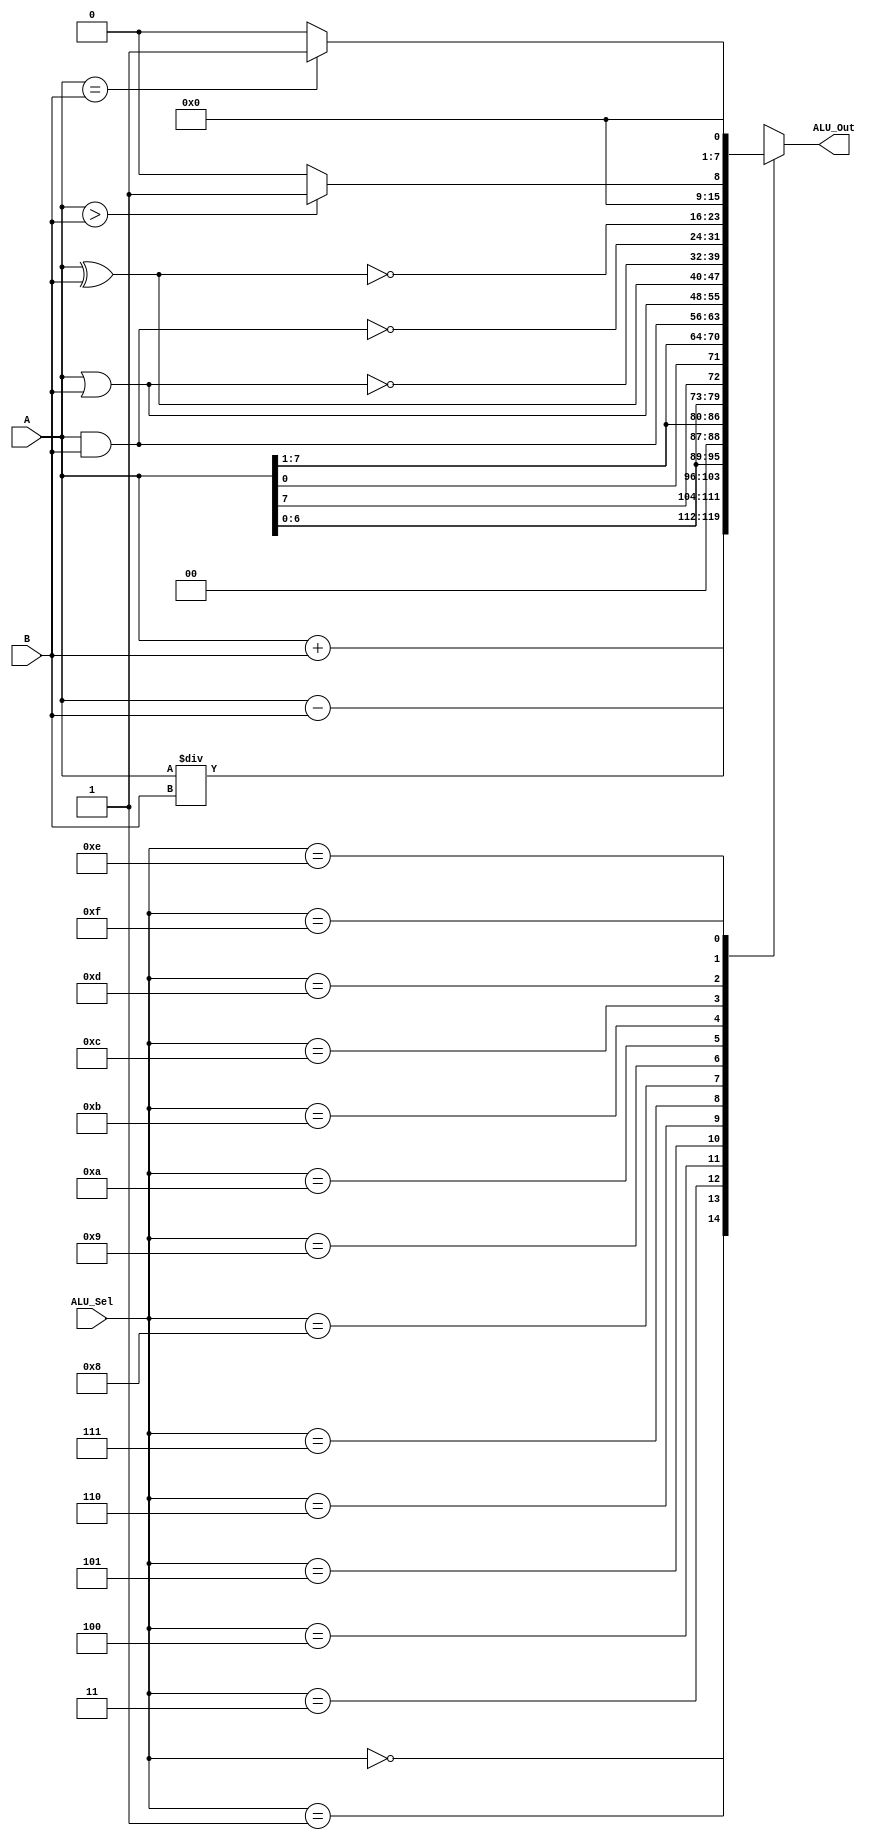
module ALU(A,B,ALU_Sel,ALU_Out);
    input [7:0] A,B;
    input [3:0] ALU_Sel;
    output reg [7:0] ALU_Out;
    
    always@(*)
    begin
        case(ALU_Sel)
            4'b0000 : ALU_Out = A + B;  // Addition
            4'b0001 : ALU_Out = A - B;  // Subtraction 
           // 4'b0010 : ALU_Out = A * B;  // Multiplication  [I'm comment it because here it requires 16 bit, using 8 bit not possible]
            4'b0011 : ALU_Out = A / B;  // Division 
            4'b0100 : ALU_Out = A << 1;  // Logical Shift Left
            4'b0101 : ALU_Out = A >> 1;  // Logical shift Right
            4'b0110 : ALU_Out = {A[6:0],A[7]};  // Rotate Left
            4'b0111 : ALU_Out = {A[0],A[7:1]};  // Rotate Right 
            4'b1000 : ALU_Out = A & B;  // Logical AND
            4'b1001 : ALU_Out = A | B;  // Logical OR 
            4'b1010 : ALU_Out = A ^ B;  // Logical ExOR
            4'b1011 : ALU_Out = ~(A | B);  // Logical NOR 
            4'b1100 : ALU_Out = ~(A & B);  // Logical NAND
            4'b1101 : ALU_Out = ~(A ^ B);  // Logical ExNOR
            4'b1110 : ALU_Out = (A > B) ? 8'd1 : 8'd0;  // Greater Comparision
            4'b1111 : ALU_Out = (A == B) ? 8'd1 : 8'd0;  // Equal Comparision 
            default : ALU_Out = 8'bx;
        endcase
     end
endmodule